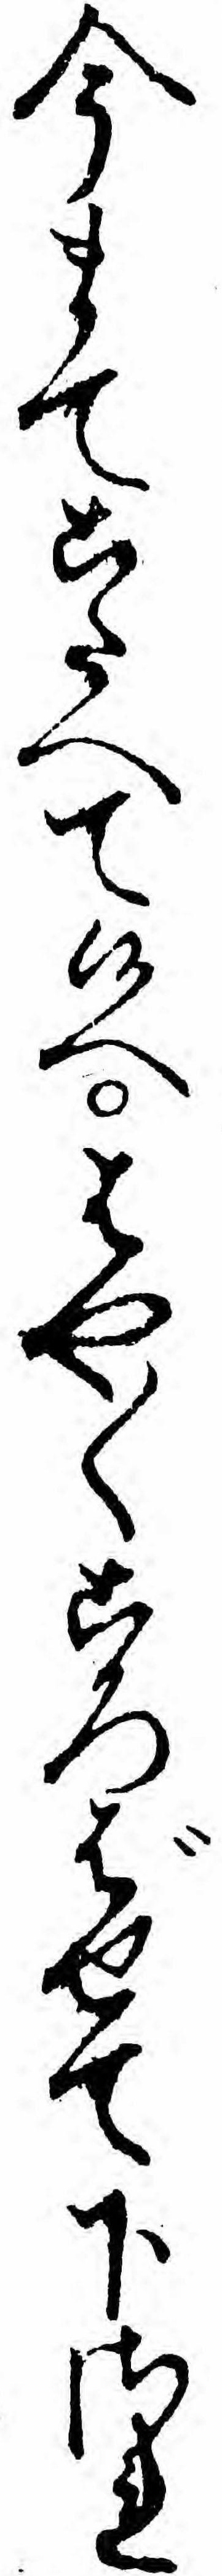
今まてこたへて候へはや〱ころばせて下され